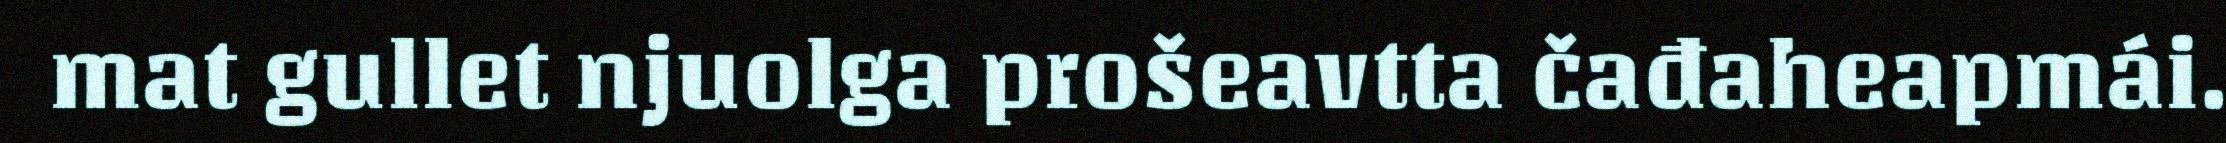
mat gullet njuolga prošeavtta čađaheapmái.